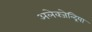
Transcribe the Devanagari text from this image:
अलेक्जेन्द्रिया